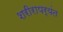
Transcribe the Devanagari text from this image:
शरीरापर्यंत